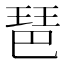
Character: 琶